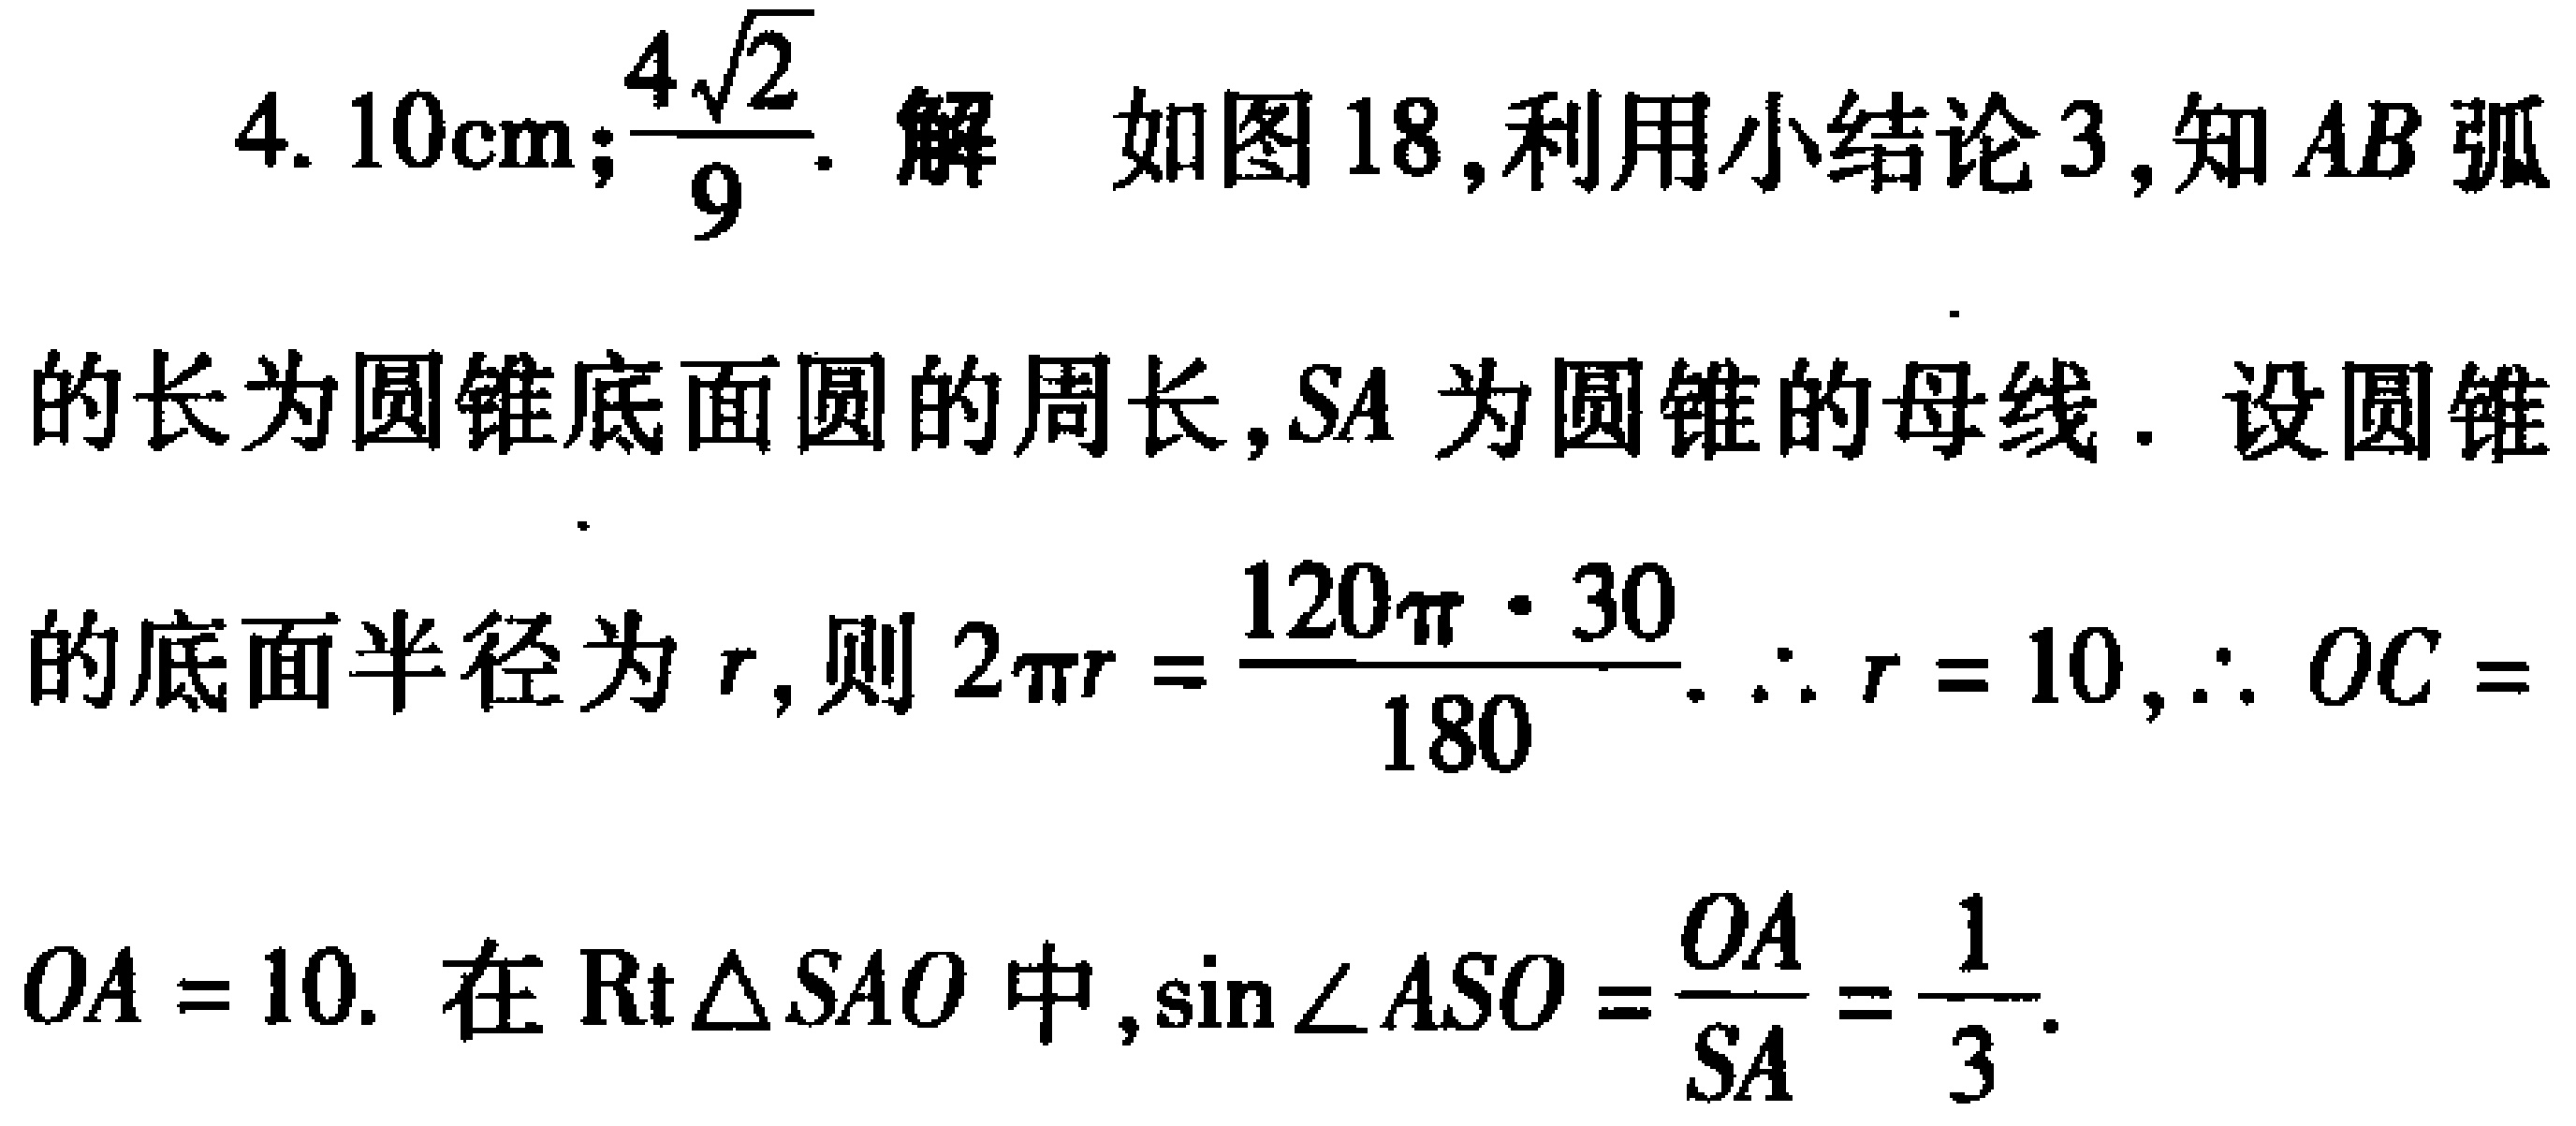
4. \(10\text{cm};\frac{4\sqrt{2}}{9}\). 解 如图 18,利用小结论 3,知 \(AB\) 弧
的长为圆锥底面圆的周长,\(SA\) 为圆锥的母线. 设圆锥
的底面半径为 \(r\),则 \(2\pi r = \frac{120\pi\cdot30}{180}\). \(\therefore r = 10,\therefore OC =\)
\(OA = 10\). 在 \(\text{Rt}\triangle SAO\) 中,\(\sin\angle ASO=\frac{OA}{SA}=\frac{1}{3}\).